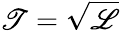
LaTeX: \mathscr{T}=\sqrt{\mathscr{L}}